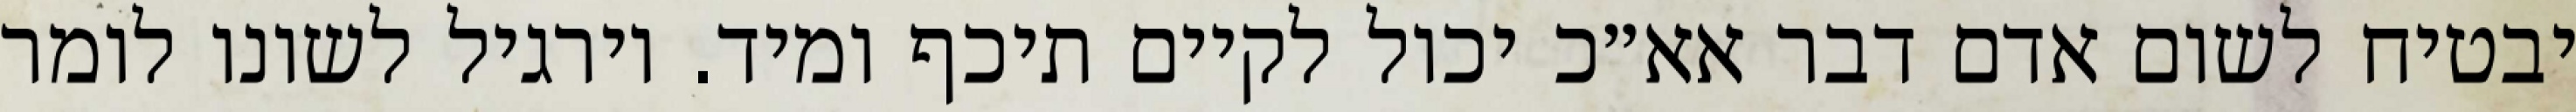
יבטיח לשום אדם דבר אא״כ יכול לקיים תיכף ומיד. וירגיל לשונו לומר